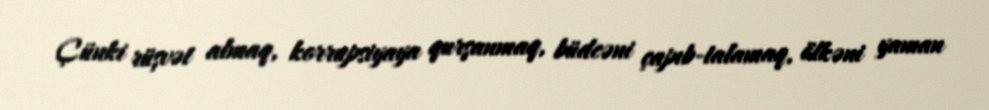
Çünki rüşvət almaq, korrupsiyaya qurşanmaq, büdcəni çapıb-talamaq, ölkəni yaman